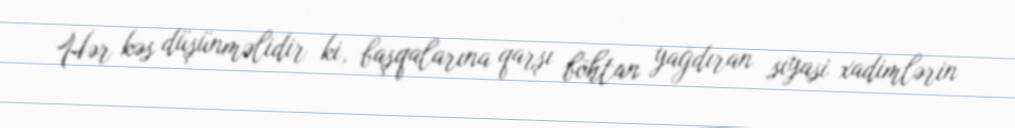
Hər kəs düşünməlidir ki, başqalarına qarşı böhtan yağdıran siyasi xadimlərin